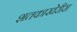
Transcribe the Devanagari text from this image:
शतकाखेरीस